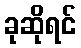
ခုဆိုရင်